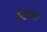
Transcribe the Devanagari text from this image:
तोडयम